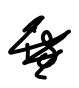
Text: is
Cross-out: scratch
Writing tool: digital_black